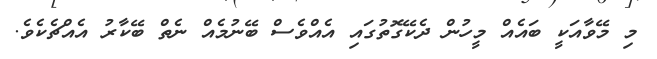
މި މޭވާއަކީ ބައެއް މީހުން ދެކޭގޮތުގައި އެއްވެސް ބޭނުމެއް ނެތް ބޭކާރު އެއްޗެކެވެ.